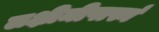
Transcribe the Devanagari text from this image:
लक्षीमीपास्नं